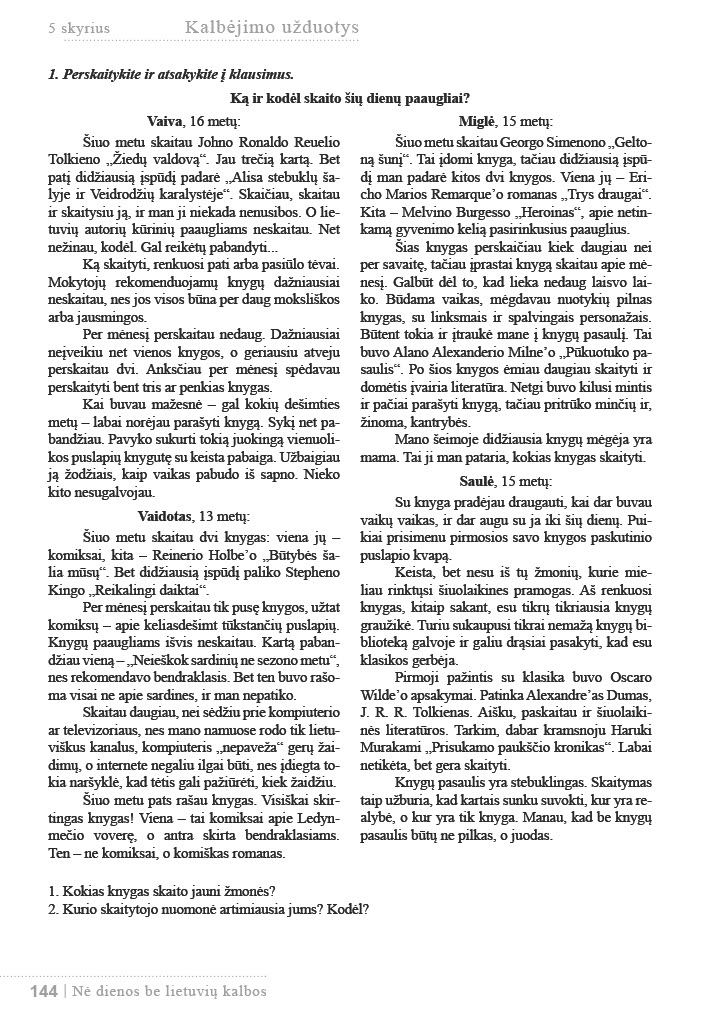
Language: lt